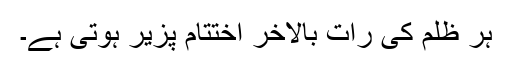
ہر ظلم کی رات بالاخر اختتام پزیر ہوتی ہے۔